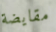
مقايضة